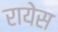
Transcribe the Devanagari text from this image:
रायेस